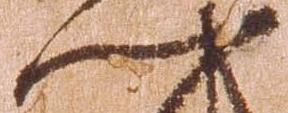
門